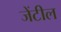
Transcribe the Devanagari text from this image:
जेंटील